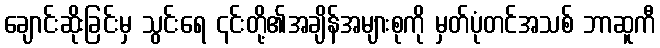
ချောင်းဆိုးခြင်းမှ သွင်းရေ ၎င်းတို့၏အချိန်အများစုကို မှတ်ပုံတင်အသစ် ဘာဆူကီ